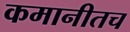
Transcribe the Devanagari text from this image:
कमानीतच